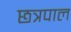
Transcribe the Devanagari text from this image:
छत्रपाल